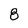
Character: 8